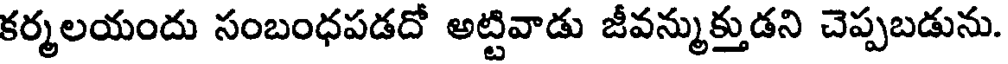
కర్మలయందు సంబంధపడదో అట్టివాడు జీవన్ముక్తుడని చెప్పబడును.